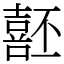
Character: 噽